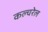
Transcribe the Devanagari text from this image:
कल्चरेल